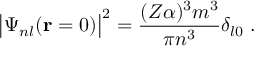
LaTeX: \big \vert \Psi _ { n l } ( { \bf r } = 0 ) \big \vert ^ { 2 } = \frac { ( Z \alpha ) ^ { 3 } m ^ { 3 } } { \pi n ^ { 3 } } \delta _ { l 0 } \; .